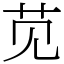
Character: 苋